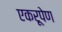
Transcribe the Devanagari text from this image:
एकरूपेण